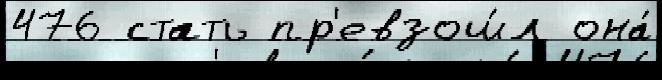
476 стать пр'евзош́л она́